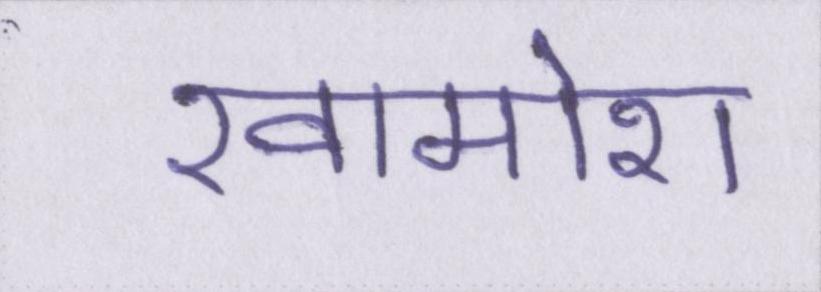
खामोश